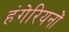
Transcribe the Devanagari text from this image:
हंगेरियनों